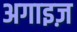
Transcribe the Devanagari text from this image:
अगाइज़